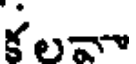
కలవా